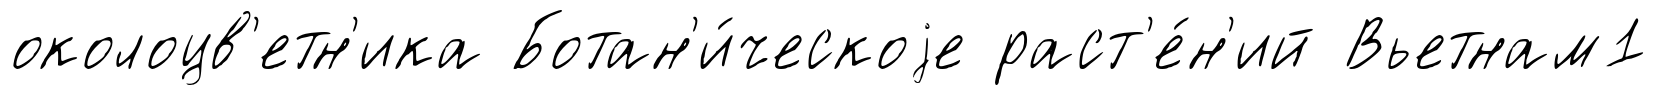
околоцв'етн'ика Ботан'и́ческоjе раст'е́н'ий Вьетнам1